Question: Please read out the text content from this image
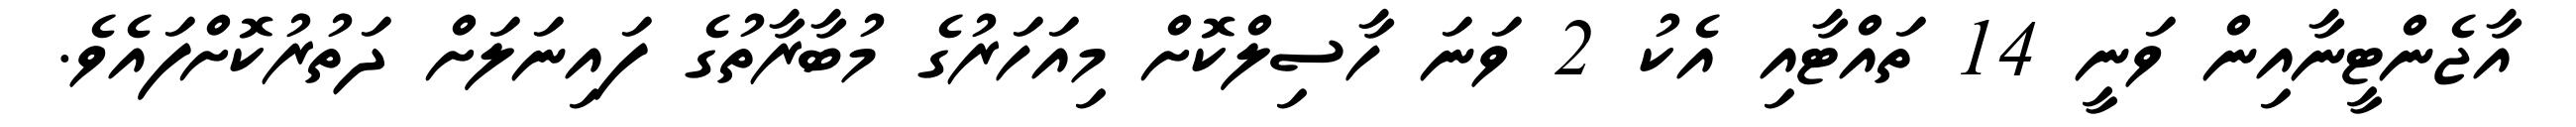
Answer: އާޖެންޓީނާއިން ވަނީ 14 ތައްޓާއި އެކު 2 ވަނަ ހާސިލްކޮށް މިއަހަރުގެ މުބާރާތުގެ ފައިނަލަށް ދަތުރުކޮށްފައެވެ.